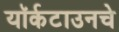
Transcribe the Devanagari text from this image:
यॉर्कटाउनचे